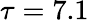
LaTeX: \tau=7.1